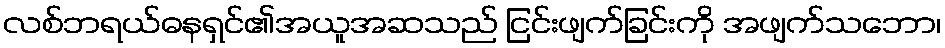
လစ်ဘရယ်ဓနရှင်၏အယူအဆသည် ငြင်းဖျက်ခြင်းကို အဖျက်သဘော၊